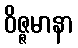
ဝိဇ္ဇမာနာ